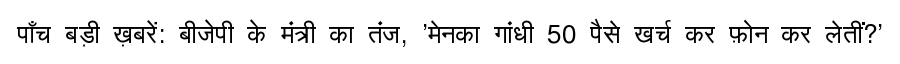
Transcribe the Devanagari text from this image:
पाँच बड़ी ख़बरें: बीजेपी के मंत्री का तंज, 'मेनका गांधी 50 पैसे खर्च कर फ़ोन कर लेतीं?'